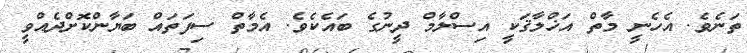
ތަނެވެ. އެހެނީ މާތް އަޚްލާޤަކީ އިސްލާމް ދީނުގެ ބައެކެވެ. އެމާތް ސިފަތައް ބަޔާންކޮށްދެއްވީ